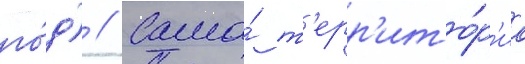
го́д) // Сама́ т'ерр'ито́р'иа